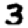
Digit: 3